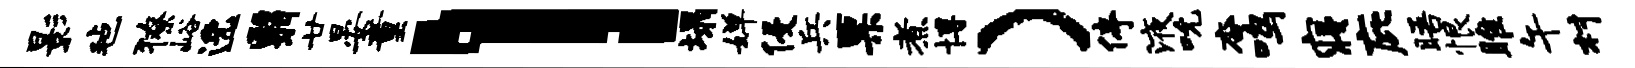
影毡獠峪逸翳廿晏童l塌婵侵兵票煮博）停液吮杳鸣寝庇晤恨雎午村